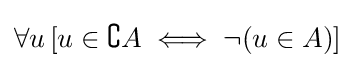
\forall u\,[u\in \complement A\iff \neg (u\in A)]